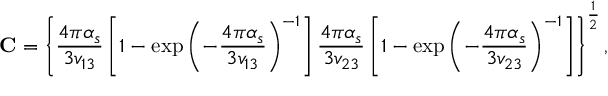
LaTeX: { \bf C } = \left\{ \frac { 4 \pi \alpha _ { s } } { 3 v _ { 1 3 } } \left[ 1 - \exp \left( - \frac { 4 \pi \alpha _ { s } } { 3 v _ { 1 3 } } \right) ^ { - 1 } \right] \frac { 4 \pi \alpha _ { s } } { 3 v _ { 2 3 } } \left[ 1 - \exp \left( - \frac { 4 \pi \alpha _ { s } } { 3 v _ { 2 3 } } \right) ^ { - 1 } \right] \right\} ^ { \frac { 1 } { 2 } } ,